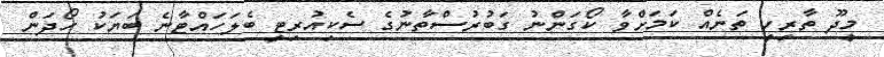
މީދޫ ތާރީހީ ތަނެއް ކަަމަށްވާ ކޯގަންނު ގަބުރުސްތާނުގެ ސެކިއުރިޓީ ބެލަހައްޓާނެ ބަަޔަކު ހޯދަން